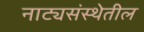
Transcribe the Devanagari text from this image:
नाट्यसंस्थेतील